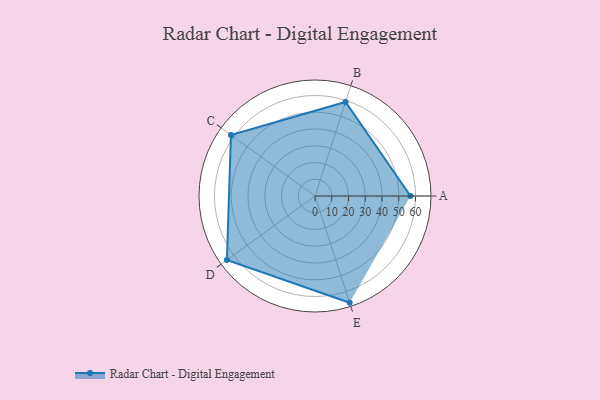
{"axis": {"x": "Skill", "y": "Score"}, "legend": ["Profile"], "data": [{"x": "A", "y": 57.0, "type": "Profile"}, {"x": "B", "y": 59.0, "type": "Profile"}, {"x": "C", "y": 62.0, "type": "Profile"}, {"x": "D", "y": 65.0, "type": "Profile"}, {"x": "E", "y": 67.0, "type": "Profile"}]}